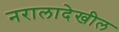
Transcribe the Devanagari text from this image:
नरालादेखील